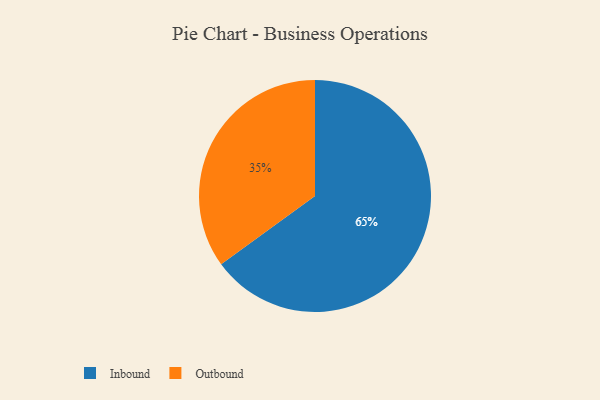
{"axis": {"x": "Category", "y": "Percentage"}, "legend": ["Inbound", "Outbound"], "data": [{"x": "Outbound", "y": 35, "type": "Outbound"}, {"x": "Inbound", "y": 65, "type": "Inbound"}]}